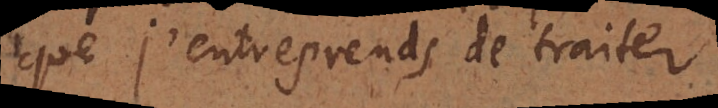
que j’entreprends de traiter.